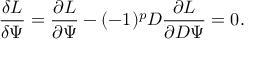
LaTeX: { \frac { \delta L } { \delta \Psi } } = { \frac { \partial L } { \partial \Psi } } - ( - 1 ) ^ { p } D { \frac { \partial L } { \partial D \Psi } } = 0 .